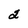
Character: 2